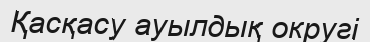
Қасқасу ауылдық округі